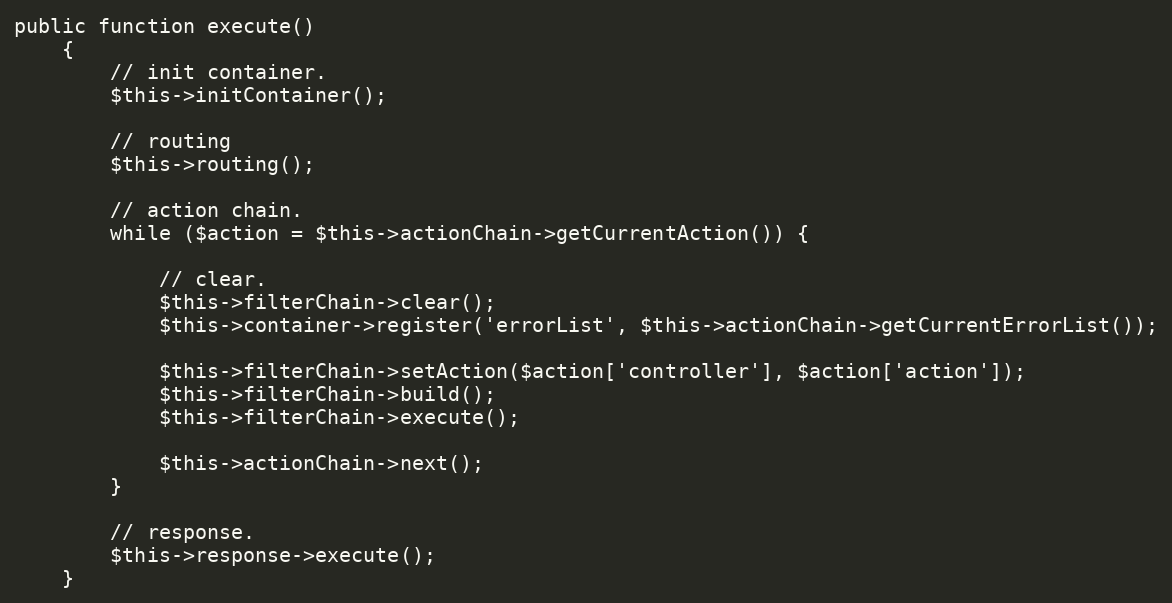
Language: PHP
public function execute()
    {
        // init container.
        $this->initContainer();

        // routing
        $this->routing();

        // action chain.
        while ($action = $this->actionChain->getCurrentAction()) {

            // clear.
            $this->filterChain->clear();
            $this->container->register('errorList', $this->actionChain->getCurrentErrorList());

            $this->filterChain->setAction($action['controller'], $action['action']);
            $this->filterChain->build();
            $this->filterChain->execute();

            $this->actionChain->next();
        }

        // response.
        $this->response->execute();
    }